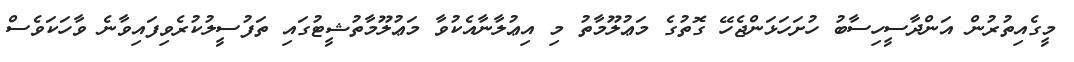
މީގެއިތުރުން އަންދާސީހިސާބު ހުށަހަޅަންޖެހޭ ގޮތުގެ މަޢުލޫމާތު މި އިޢުލާނާއެކުވާ މަޢުލޫމާތުޝީޓުގައި ތަފުސީލުކުރެވިފައިވާނެ ވާހަކަވެސް